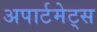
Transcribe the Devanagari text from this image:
अपार्टमेट्स